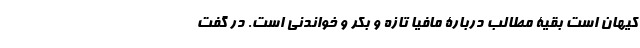
کیهان است بقیۀ مطالب دربارۀ مافیا تازه و بکر و خواندنی است. در گفت